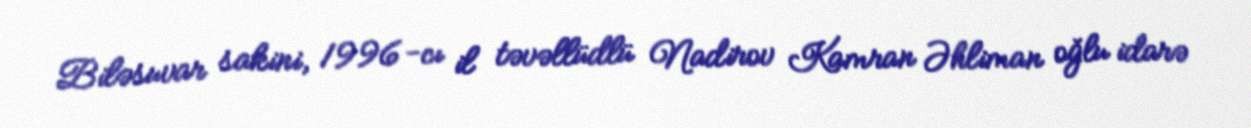
Biləsuvar sakini, 1996-cı il təvəllüdlü Nadirov Kamran Əhliman oğlu idarə